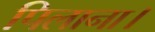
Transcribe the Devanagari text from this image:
पिलाना।